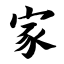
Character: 家